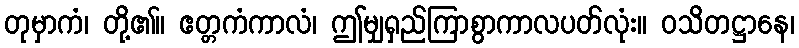
တုမှာကံ၊ တို့၏။ ဧတ္တကံကာလံ၊ ဤမျှရှည်ကြာစွာကာလပတ်လုံး။ ဝသိတဋ္ဌာနေ၊